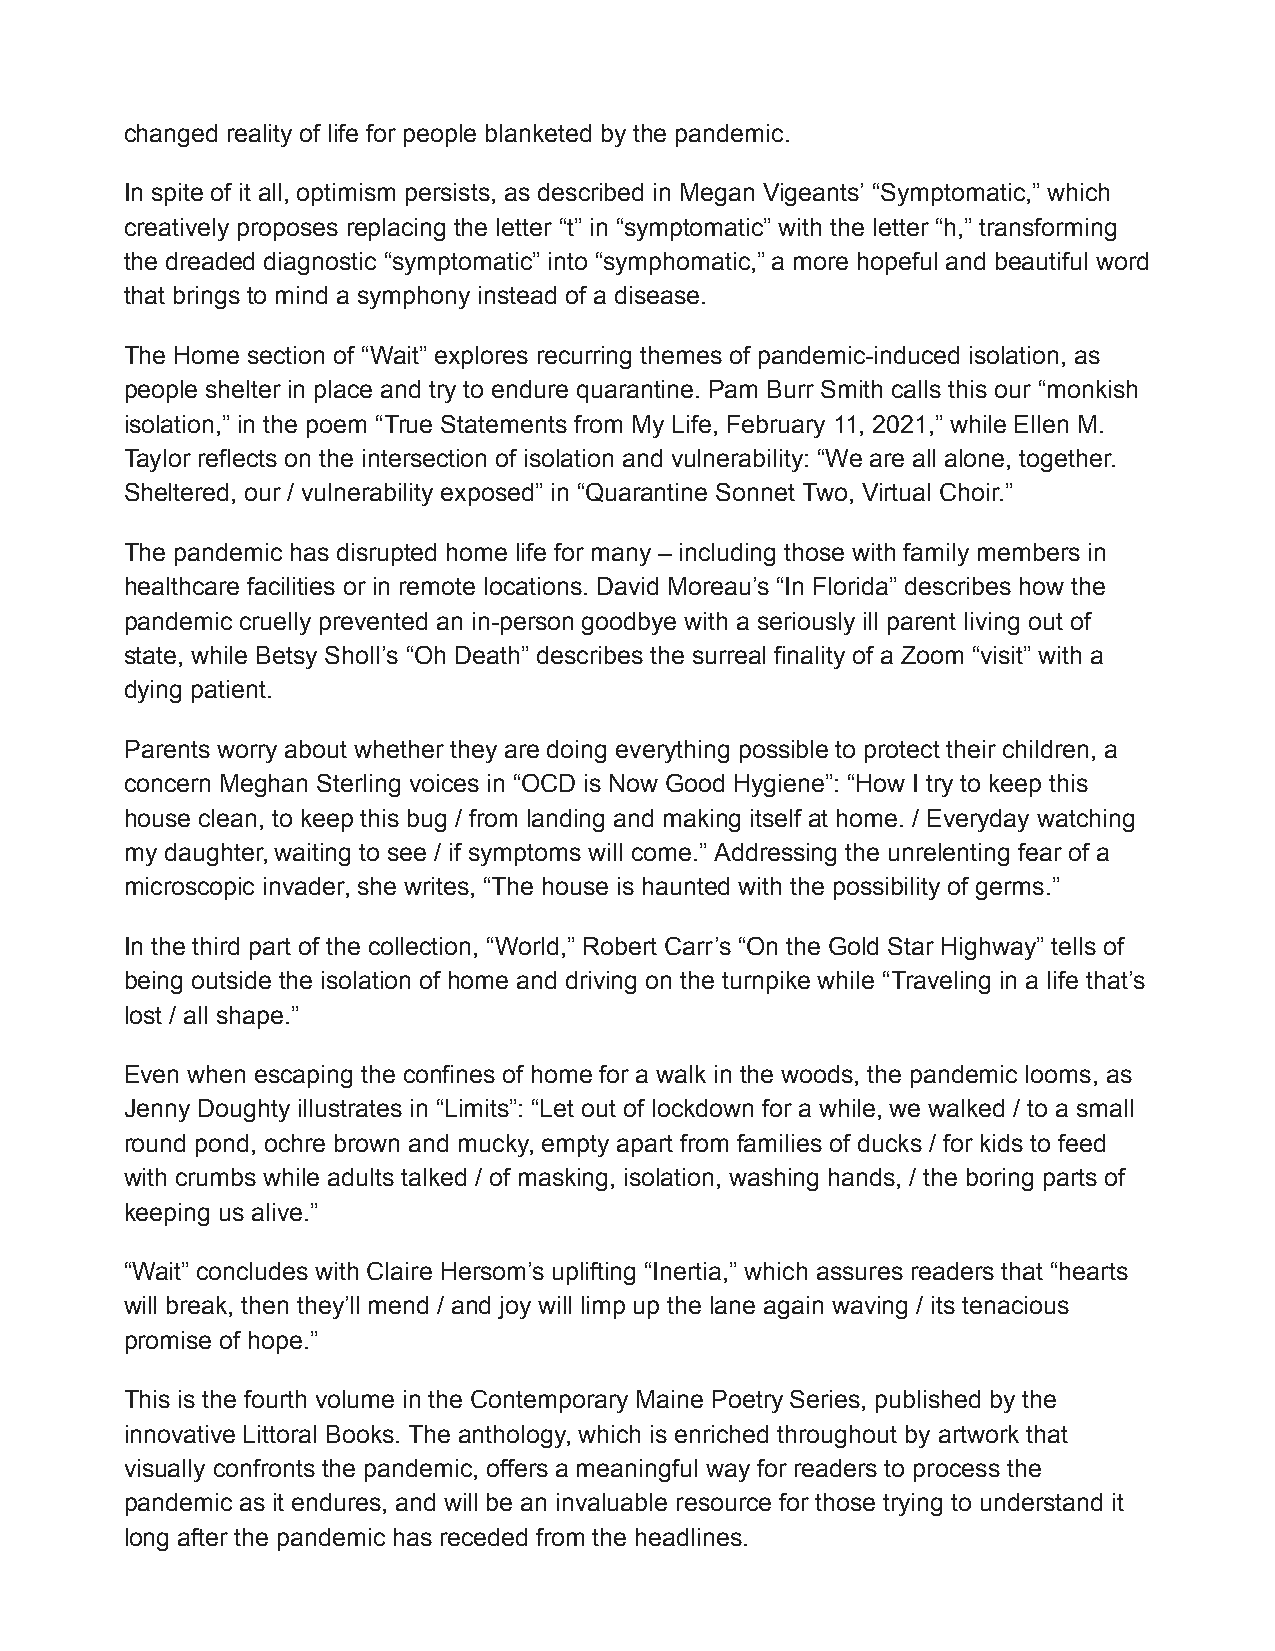
changed reality of life for people blanketed by the pandemic.
 In spite of it all, optimism persists, as described in Megan Vigeants’ “Symptomatic,” which
 creatively proposes replacing the letter “t” in “symptomatic” with the letter “h,” transforming
 the dreaded diagnostic “symptomatic” into “symphomatic,” a more hopeful and beautiful word
 that brings to mind a symphony instead of a disease.
 The Home section of “Wait” explores recurring themes of pandemic-induced isolation, as
 people shelter in place and try to endure quarantine. Pam Burr Smith calls this our “monkish
 isolation,” in the poem “True Statements from My Life, February 11, 2021,” while Ellen M.
 Taylor reflects on the intersection of isolation and vulnerability: “We are all alone, together.
 Sheltered, our / vulnerability exposed” in “Quarantine Sonnet Two, Virtual Choir.”
 The pandemic has disrupted home life for many – including those with family members in
 healthcare facilities or in remote locations. David Moreau’s “In Florida” describes how the
 pandemic cruelly prevented an in-person goodbye with a seriously ill parent living out of
 state, while Betsy Sholl’s “Oh Death” describes the surreal finality of a Zoom “visit” with a
 dying patient.
 Parents worry about whether they are doing everything possible to protect their children, a
 concern Meghan Sterling voices in “OCD is Now Good Hygiene”: “How I try to keep this
 house clean, to keep this bug / from landing and making itself at home. / Everyday watching
 my daughter, waiting to see / if symptoms will come.” Addressing the unrelenting fear of a
 microscopic invader, she writes, “The house is haunted with the possibility of germs.”
 In the third part of the collection, “World,” Robert Carr’s “On the Gold Star Highway” tells of
 being outside the isolation of home and driving on the turnpike while “Traveling in a life that’s
 lost / all shape.”
 Even when escaping the confines of home for a walk in the woods, the pandemic looms, as
 Jenny Doughty illustrates in “Limits”: “Let out of lockdown for a while, we walked / to a small
 round pond, ochre brown and mucky, empty apart from families of ducks / for kids to feed
 with crumbs while adults talked / of masking, isolation, washing hands, / the boring parts of
 keeping us alive.”
 “Wait” concludes with Claire Hersom’s uplifting “Inertia,” which assures readers that “hearts
 will break, then they’ll mend / and joy will limp up the lane again waving / its tenacious
 promise of hope.”
 This is the fourth volume in the Contemporary Maine Poetry Series, published by the
 innovative Littoral Books. The anthology, which is enriched throughout by artwork that
 visually confronts the pandemic, offers a meaningful way for readers to process the
 pandemic as it endures, and will be an invaluable resource for those trying to understand it
 long after the pandemic has receded from the headlines.